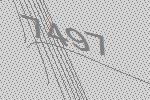
7497